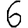
Digit: 6